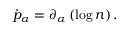
\dot { p } _ { \alpha } = \partial _ { \alpha } \left( \log n \right) .